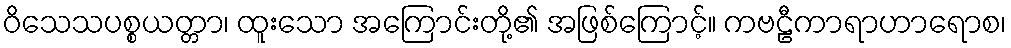
ဝိသေသပစ္စယတ္တာ၊ ထူးသော အကြောင်းတို့၏ အဖြစ်ကြောင့်။ ကဗဠီကာရာဟာရောစ၊